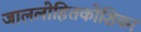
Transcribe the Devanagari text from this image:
जाललोहितकोशिका